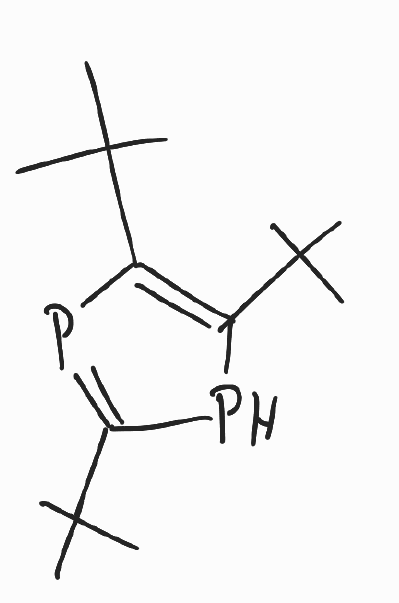
Simplified molecular-input line-entry system (SMILES) notation of the given molecule:
CC(C)(C)C1=C(P=C(P1)C(C)(C)C)C(C)(C)C